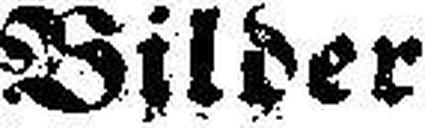
Bilder